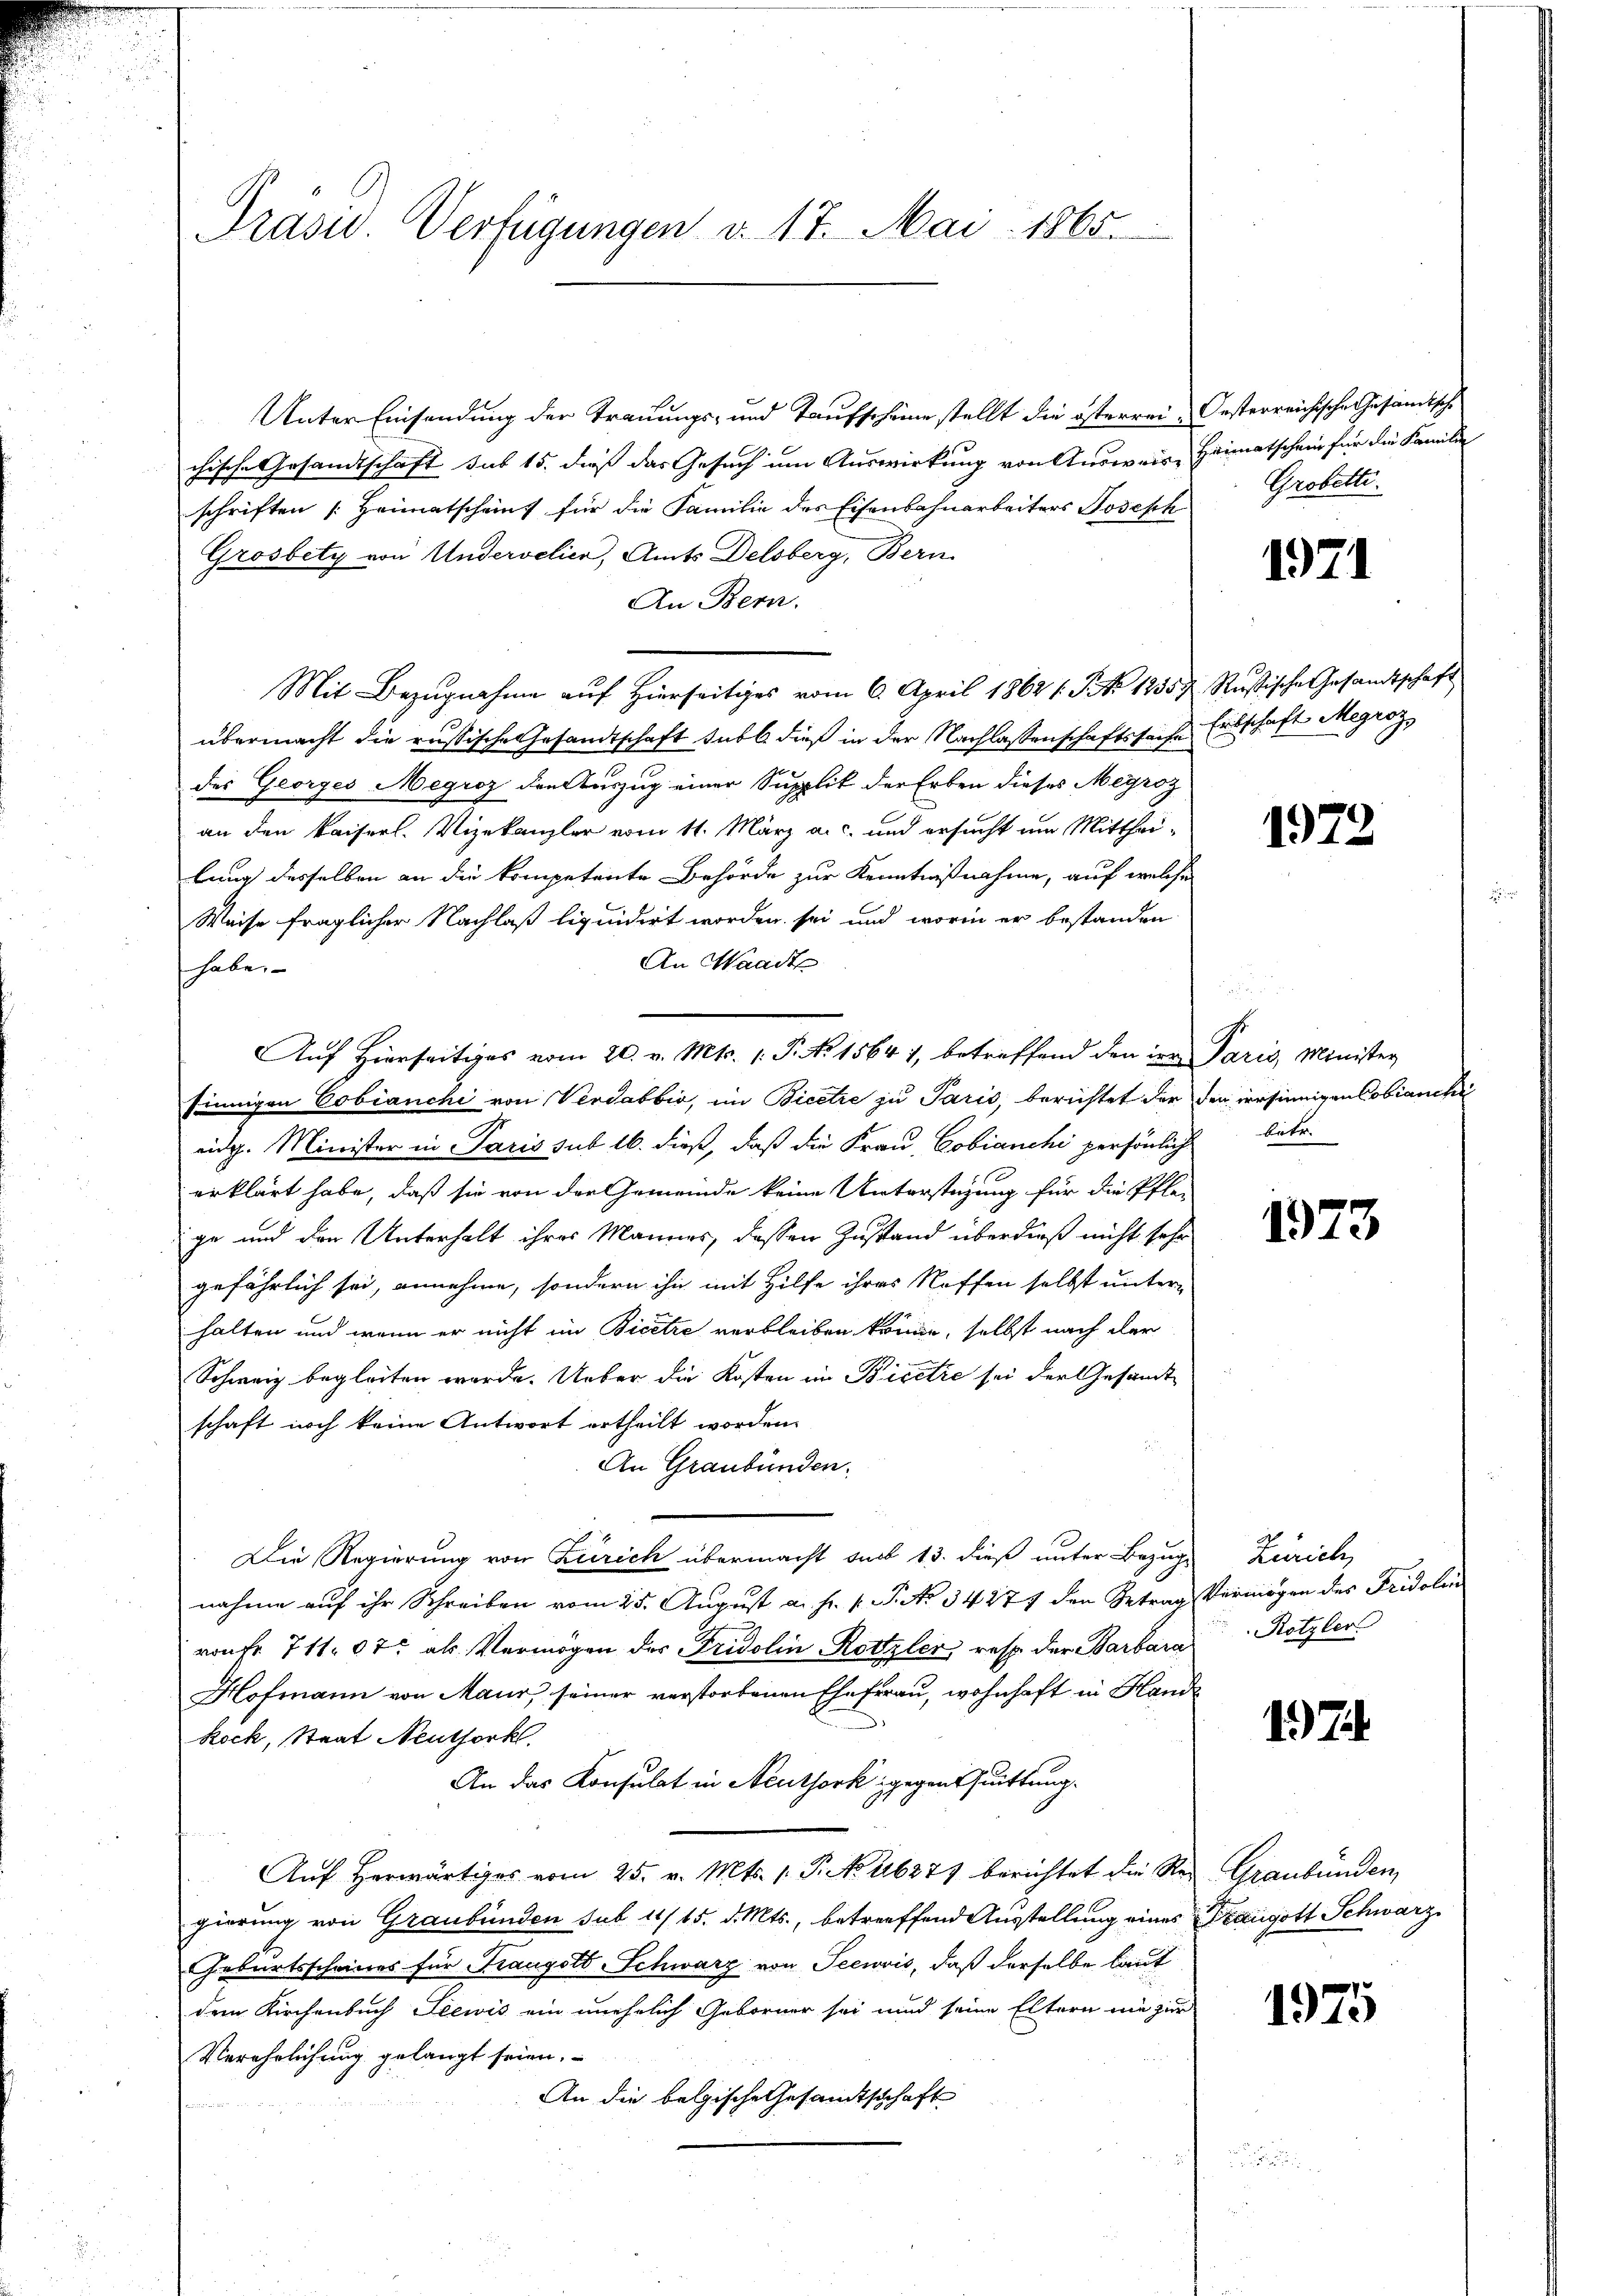
Präsid.. Verfügungen v. 17. Mai 1865.

Unter Einsendung der Trauungs- und Taufscheine stellt die österrei- Oesterreichische Gesandtsche
chische Gesandtschaft sub 15. dieß das Gesuch um Auswirkung von Ausweis, Heimatschein für die Familie
schriften Heimatscheint für die Familie des Eisenbahnarbeiters Joseph
Grosbity von Undervelier, Amts Delsberg, Bern
An Bern.
Mit Bezugnahme auf Hierseitiges vom 6. April 1862 s. S. Nr. 1855 7 Rustische Gesandtschaft
übermacht die russische Gesandtschaft subl. dieß in der Nachlassenschaftssache Erbschaft Megrozdes Georges Megroz den Auszug einer Supplik der Erben dieses Meyroz
an den kaiserl. Vizekanzler vom 11. März a.c. und ersucht um Mittheilung desselben an die kompetente Behörde zur Kenntnißnahme, auf welche
Weise fraglicher Nachlaß liquidirt worden sei und worin er bestanden
An Waadt
haben
Auf Hierseitiges vom 20. v. Mts. 1. P. No 1564 1, betreffend den in Paris, Minister
sinnigen Cobianchi von Verdabbio, im Bicetze zu Paris, berichtet der den versinnigen Cobianchi
eidg. Minister in Paris sub 16. dieß, daß die Frau, Cobianchi persönlich betr.
erklärt habe, daß sie von der Gemeinde keine Unterstüzung für die Pfle-
ge und den Unterhalt ihres Mannes, dassen Zustand überdieß nicht sehr
gefährlich sei, annehme, sondern ihn mit Hilfe ihres Neffen selbst untern
halten und wenn er nicht im Bicetze verbleiben könne, selbst nach der
Schweiz begleiten werde. Ueber die Kosten in Bicere sei der Gesandt
schaft noch keine Antwort ertheilt worden.
An Graubünden.
Die Regierung von Zürich übermacht sub 13. dieß unter Bezug
nahme auf ihr Schreiben vom 25. August a. f. v. P. No. 34271 den Betrag Vermögen des Fridolin
von Fr. 711. 07 als Vermögen der Fridolin Rottzler, resp. der Barbara
Hofmann von Maur, seiner verstorbenen Ehefrau, wohnhaft in Hande
Rock, Staat Neuthork
An das Konsulat in Neuthork gegen Quittung.
Auf herwärtiges vom 25. v. Mts. 1. P. No. 21627) berichtet die Rei Graubünden,
gierung von Graubünden sub 11/15. d. Mts., betreffend Ausstellung eines Kraugott Schwarz¬
Geburtsscheines für Frangott-Schwarz von Seewvis, daß derselbe laut
dem Kirchenbuch Seewis ein unehelich Geborner sei und seine Eltern nie zur
Verehrlichung gelangt seien.
An die belgische Gesandtschaft

Grobette.

1971

1973

1973

Zürich,
Rotzler

17

1975